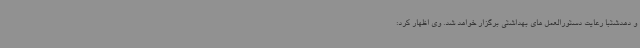
و دهدشتبا رعایت دستورالعمل های بهداشتی برگزار خواهد شد. وی اظهار کرد: